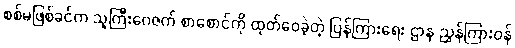
စစ်မဖြစ်ခင်က သူကြီးဂေဇက် စာစောင်ကို ထုတ်ဝေခဲ့တဲ့ ပြန်ကြားရေး ဌာန ညွှန်ကြားဝန်